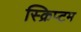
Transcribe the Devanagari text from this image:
स्क्रिप्टम